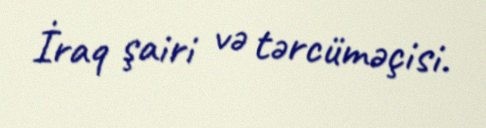
İraq şairi və tərcüməçisi.